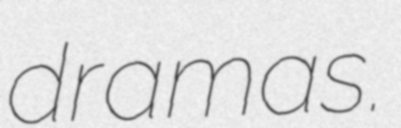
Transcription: dramas.